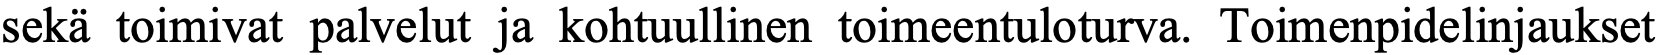
sekä toimivat palvelut ja kohtuullinen toimeentuloturva. Toimenpidelinjaukset